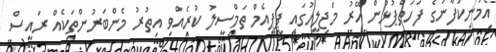
އެމަނިކުފާނުގެ ފަހަތްޕުޅުން އޭރު މަޖިލީހުގައި ޕީޕީއެމް ތަމްސީލު ކުރެއްވި އިތުރު މެންބަރުންތަކެއް ރައީސް